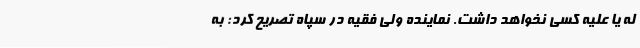
له یا علیه کسی نخواهد داشت. نماینده ولی فقیه در سپاه تصریح کرد: به